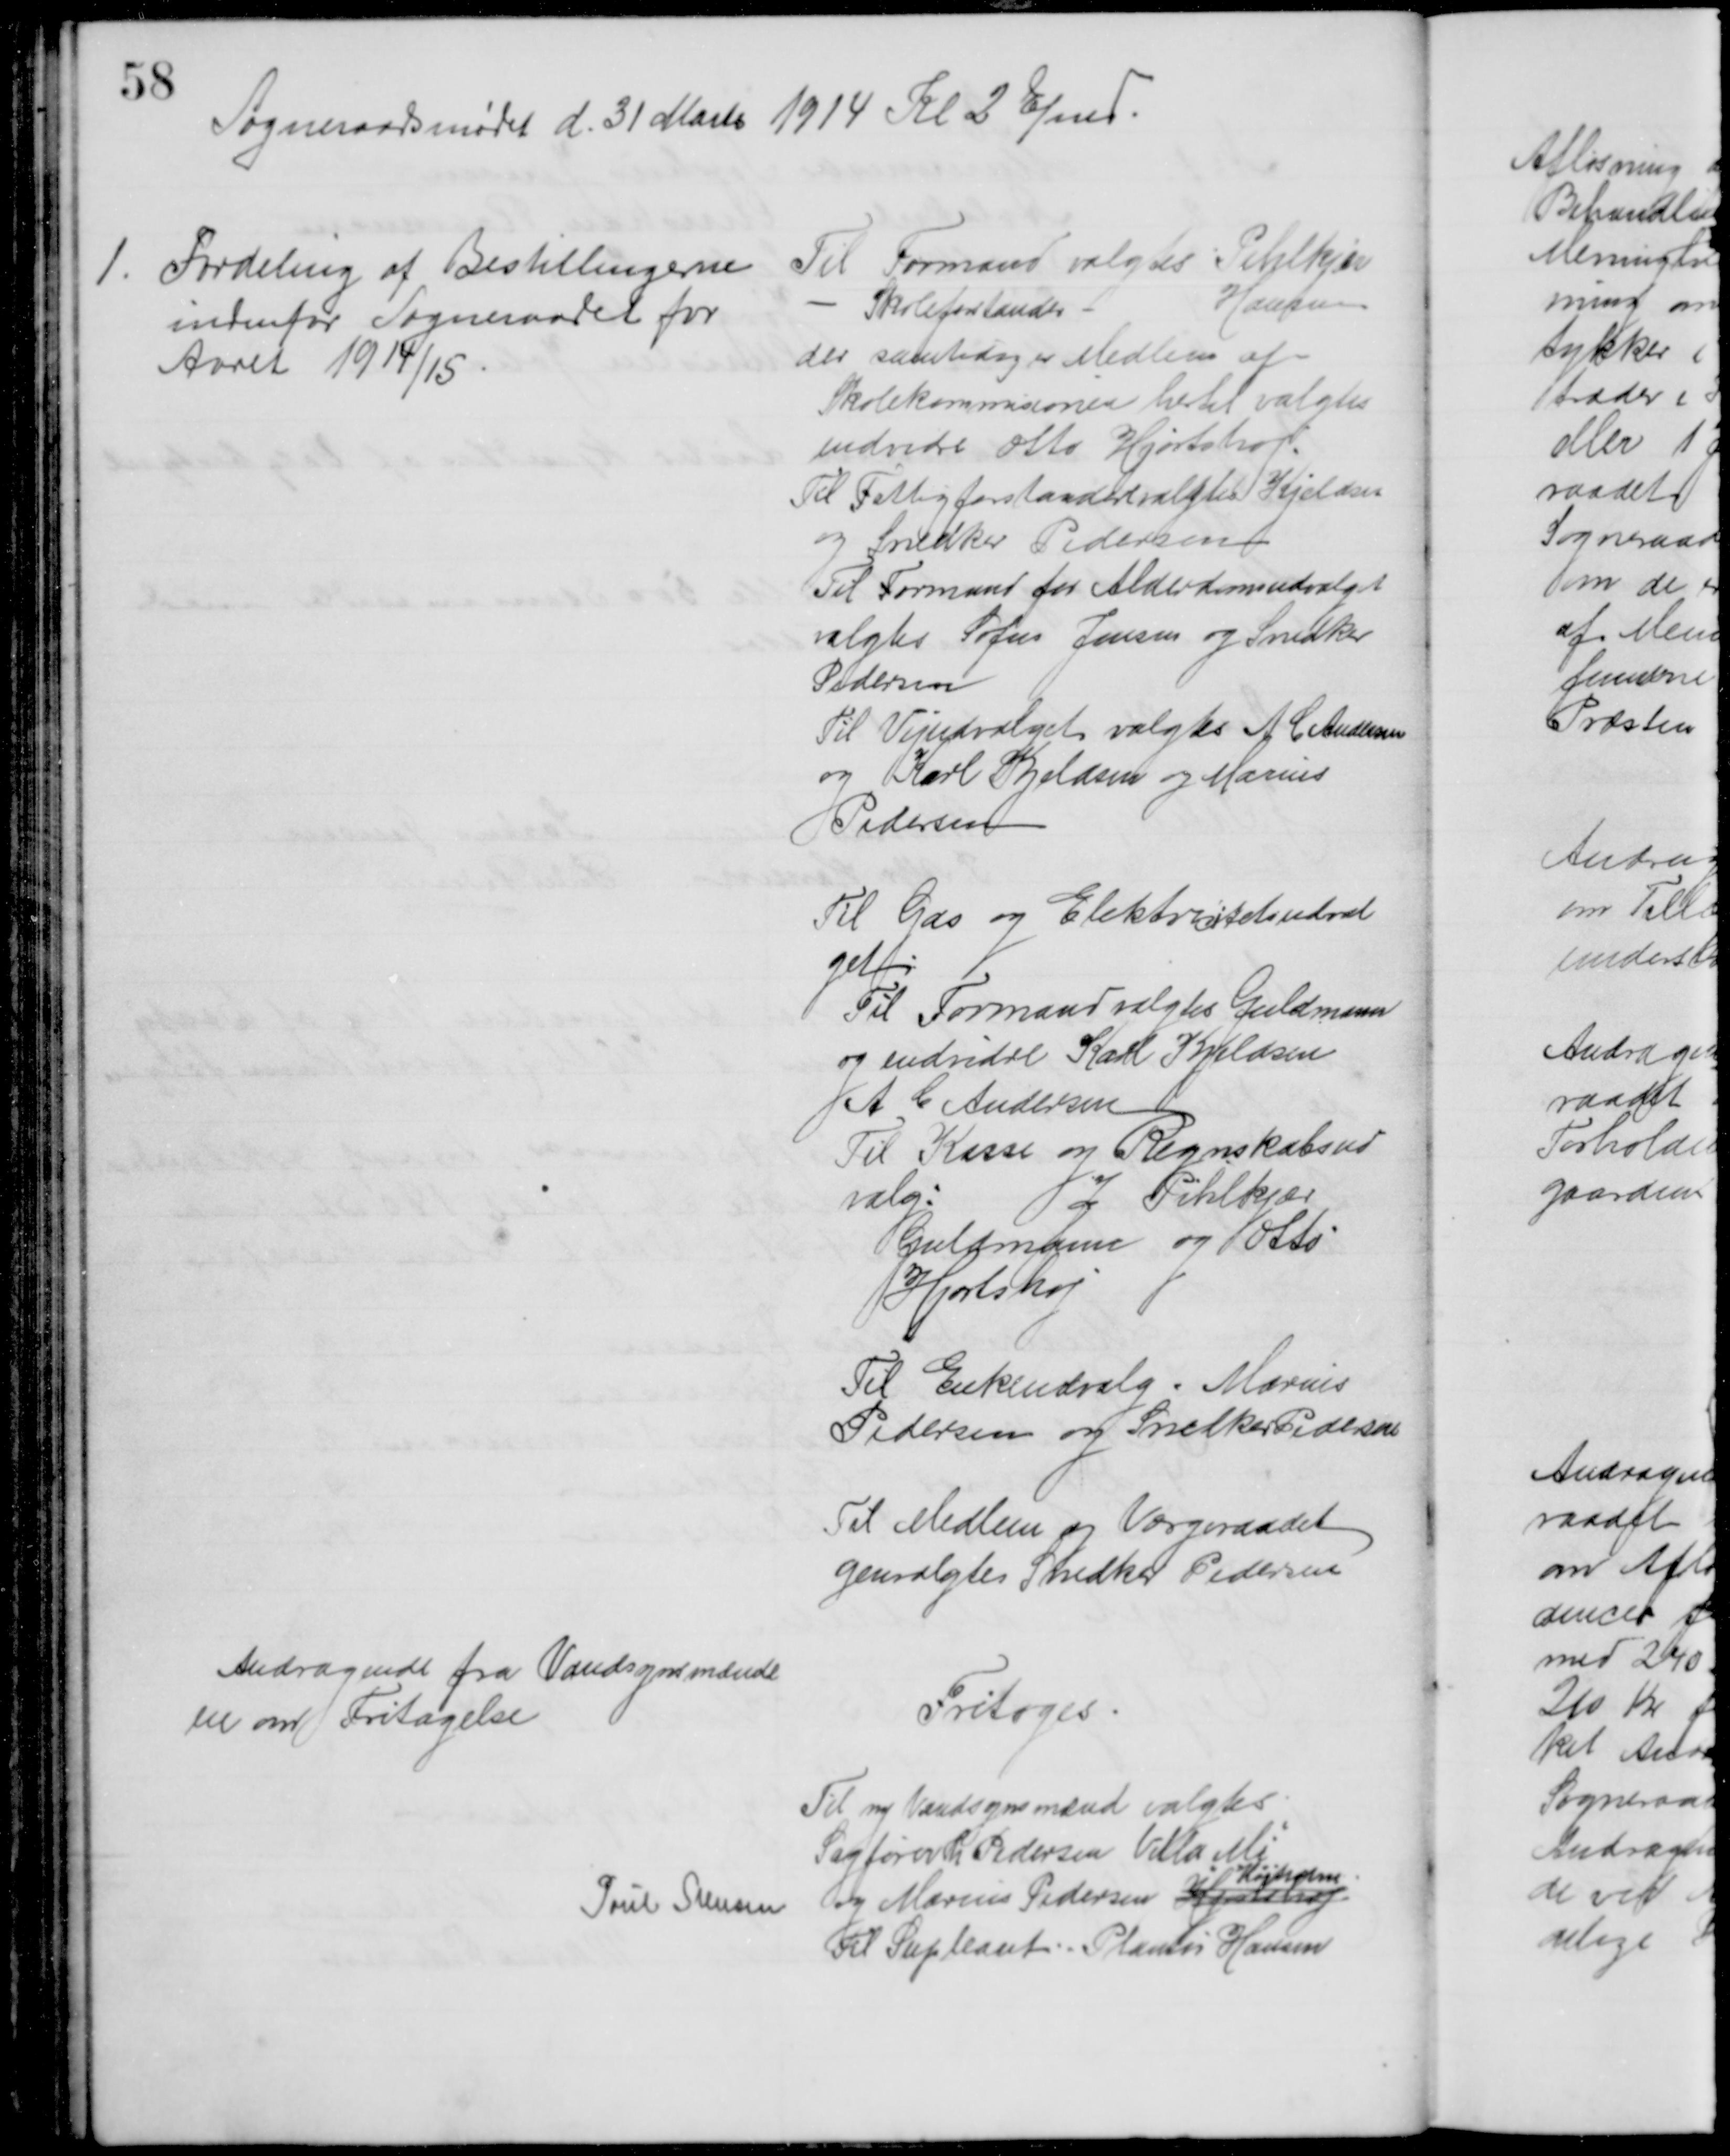
Transskription:
Sogneraadsmødet d. 31 Marts 1914 Kl. 2 Efmd.
1.
Fordeling af Bestillingerne
indenfor Sogneraadet for 
Aaret 1914/15
Til Formand valgtes Pihlkjær
Skoleforstander
Hansen
der samtidig er Medlem af
Skolekommisionen hertil valgtes
endvidre Otto Hjortshøj.
Til Fattigforstander valgtes Kjeldsen
og Snedker Pedersen
Til Formand for Alderdomsudvalget
valgtes Sofus Jensen og Snedker
Pedersen
Til Vejudvalget valgtes A. C. Andersen
og Karl Kjeldsen og Marius
Pedersen
Til Gas og Elektrictetsudval
get:
Til Formand valgtes Guldmann
og endvidre Karl Kjeldsen
A. C. Andersen
Til Kasse og Regnskabsud
valg:
J Pihlkjær
Guldmann og Otto
Hjortshøj
Til Enkeudvalg - Marius
Pedersen og Snedker Pederen
Til Medlem og Værgeraadet
genvalgtes Snedker Pedersen
Andragende fra Vandsynsmænde
ne om Fritagelse
Fritoges.
Til ny Vandsynsmænd valgtes
Sagfører Th. Pedersen Villa Mi
Poul Stensen og Marius Pedersen Hjotshøj
Højholm
Til Supleant: Plantør Hansen